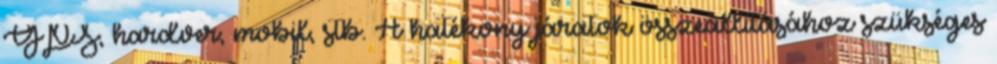
GPS, hardver, mobil, stb. A hatékony járatok összeállításához szükséges